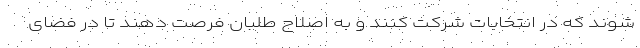
شوند که در انتخابات شرکت کنند و به اصلاح طلبان فرصت دهند تا در فضای